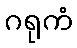
ဂရုကံ